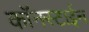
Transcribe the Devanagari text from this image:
कॉनस्टाईन